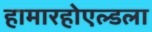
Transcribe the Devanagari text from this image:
हामारहोएल्डला